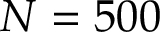
N = 5 0 0